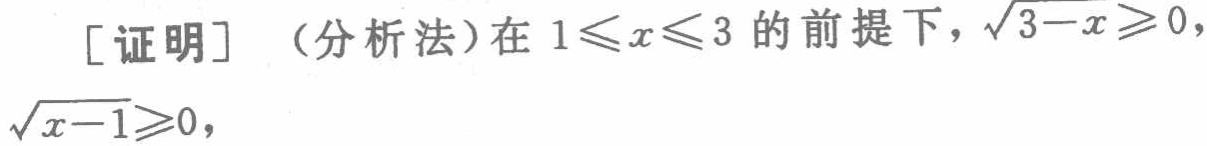
[证明]（分析法）在 \(1\leqslant x\leqslant 3\) 的前提下，\(\sqrt{3 - x}\geqslant 0\)，\(\sqrt{x - 1}\geqslant 0\)，